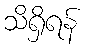
သိရှိရန်